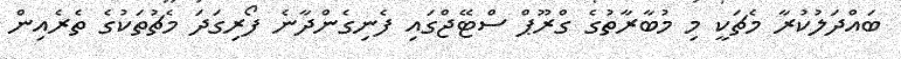
ބައްދަލުކުރާ މެޗަކީ މި މުބާރާތުގެ ގްރޫޕް ސްޓޭޖްގައި ފެނިގެންދާނެ ފޯރިގަދަ މެޗުތަކުގެ ތެރެއިން